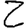
Digit: 2